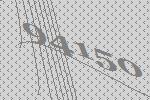
94150